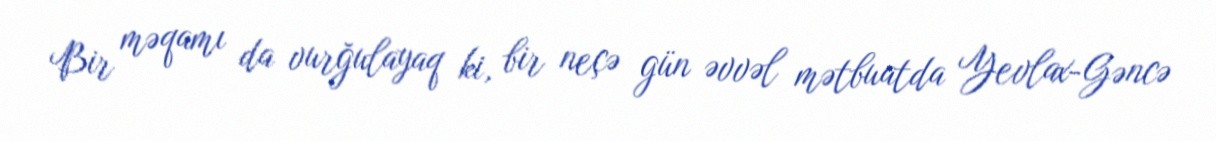
Bir məqamı da vurğulayaq ki, bir neçə gün əvvəl mətbuatda Yevlax-Gəncə